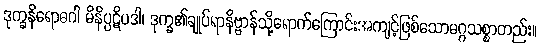
ဒုက္ခနိရောဓဂါ မိနိပ္ပဋိပဒါ၊ ဒုက္ခ၏ချုပ်ရာနိဗ္ဗာန်သို့ရောက်ကြောင်းအကျင့်ဖြစ်သောမဂ္ဂသစ္စာတည်း။